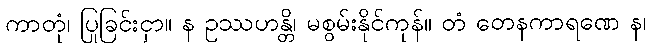
ကာတုံ၊ ပြုခြင်းငှာ။ န ဥဿဟန္တိ၊ မစွမ်းနိုင်ကုန်။ တံ တေနကာရဏေ န၊